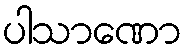
ပါသာဏော